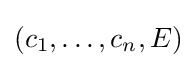
(c_{1},\ldots ,c_{n},E)